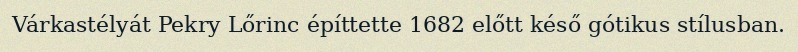
Várkastélyát Pekry Lőrinc építtette 1682 előtt késő gótikus stílusban.